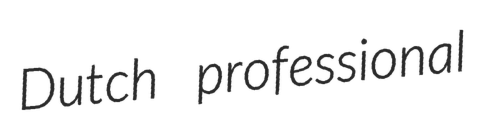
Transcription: Dutch professional